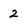
Character: 2